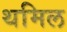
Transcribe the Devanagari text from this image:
थमिल